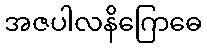
အဇပါလနိဂြောဓေ